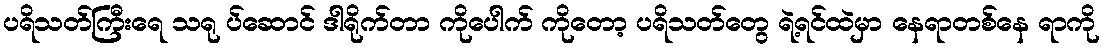
ပရိသတ်ကြီးရေ သရု ပ်ဆောင် ဒါရိုက်တာ ကိုပေါက် ကိုတော့ ပရိသတ်တွေ ရဲ့ရင်ထဲမှာ နေရာတစ်နေ ရာကို